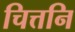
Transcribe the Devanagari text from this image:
चित्तनि